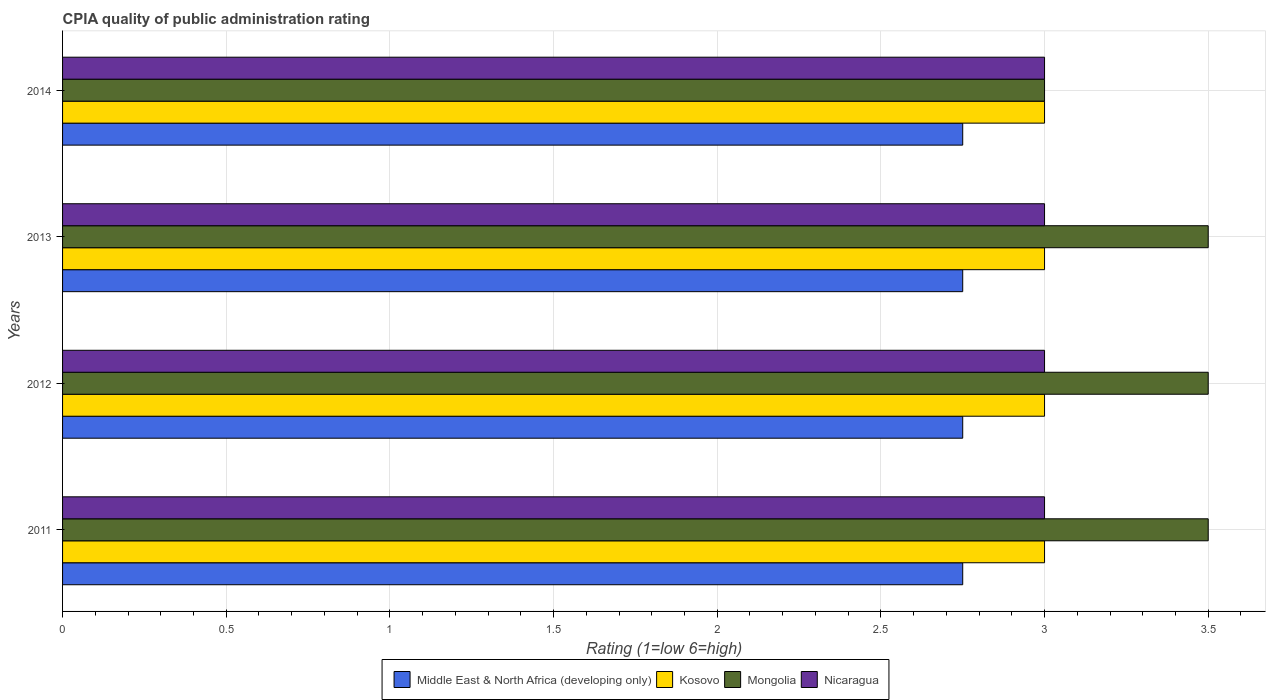
| Years | Middle East & North Africa (developing only) | Kosovo | Mongolia | Nicaragua |
 | --- | --- | --- | --- | --- |
 | 2011 | 2.75 | 3 | 3.5 | 3 |
 | 2012 | 2.75 | 3 | 3.5 | 3 |
 | 2013 | 2.75 | 3 | 3.5 | 3 |
 | 2014 | 2.75 | 3 | 3 | 3 |